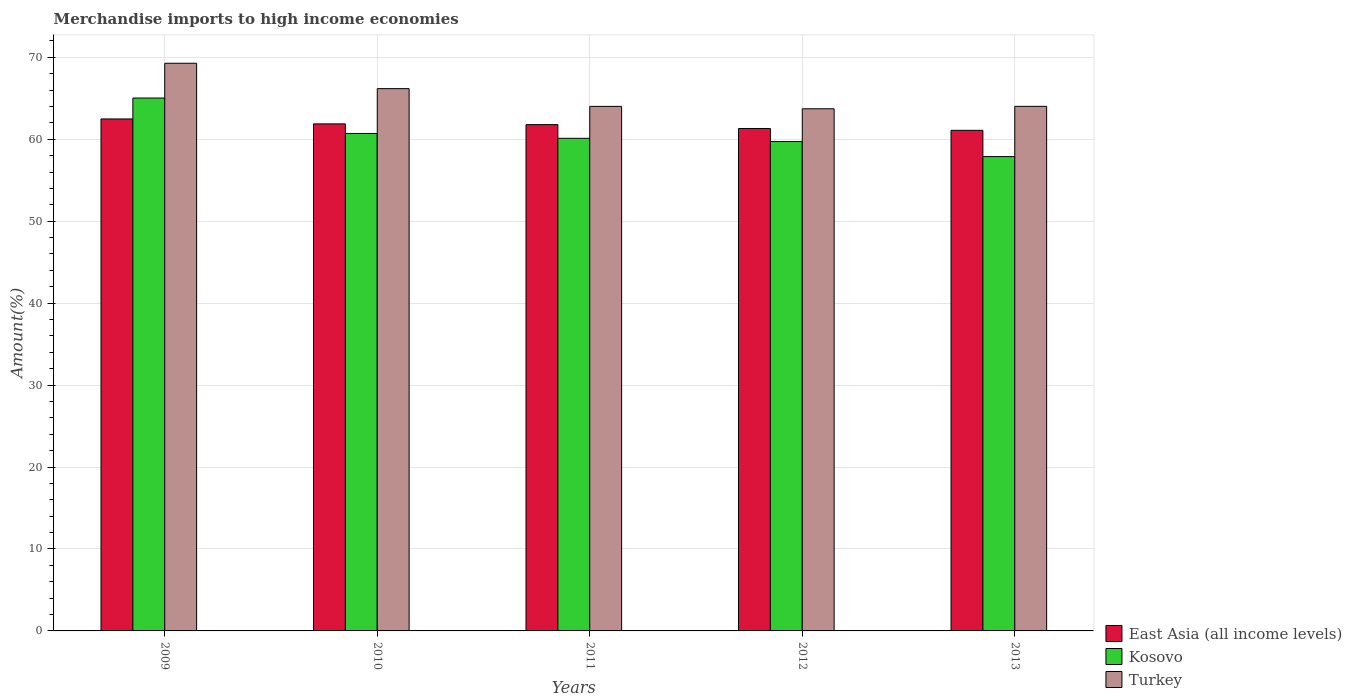
| Years | East Asia (all income levels) | Kosovo | Turkey |
 | --- | --- | --- | --- |
 | 2009 | 62.5 | 65 | 69.3 |
 | 2010 | 61.9 | 60.7 | 66.2 |
 | 2011 | 61.8 | 60.1 | 64 |
 | 2012 | 61.3 | 59.7 | 63.7 |
 | 2013 | 61.1 | 57.9 | 64 |